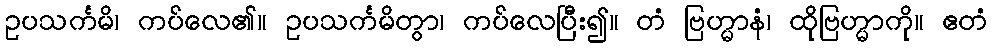
ဥပသင်္ကမိ၊ ကပ်လေ၏။ ဥပသင်္ကမိတွာ၊ ကပ်လေပြီိး၍။ တံ ဗြဟ္မာနံ၊ ထိုဗြဟ္မာကို။ ဧတံ